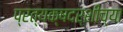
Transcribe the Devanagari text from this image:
प्रत्यक्षदर्शीच्या